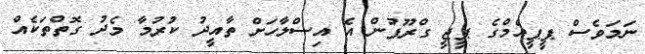
ނަމަވެސް ޕީޕީއެމްގެ ޕީޖީ ގްރޫޕުން އެ އިސްލާހަށް ތާއީދު ކުރުމާ މެދު ގޮތްތަކެއް